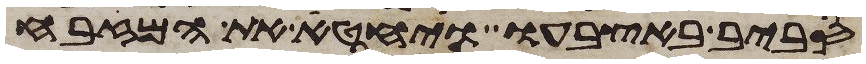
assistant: סביב באצבעו ויחטא את המזבח